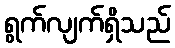
ရွက်လျက်ရှိသည်